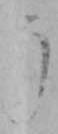
う